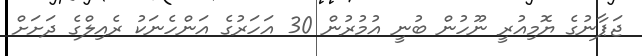
ޖަޕާނުގެ ޔޮމިއުރީ ނޫހުން ބުނީ އުމުރުން 30 އަހަރުގެ އަންހެނަކު ރެއިލްގެ ދަށަށް